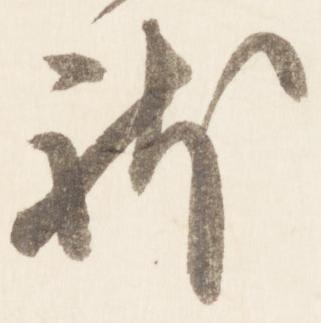
体